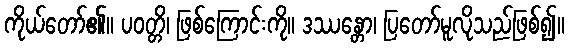
ကိုယ်တော်၏။ ပဝတ္တိ၊ ဖြစ်ကြောင်းကို။ ဒဿန္တော၊ ပြတော်မူလိုသည်ဖြစ်၍။